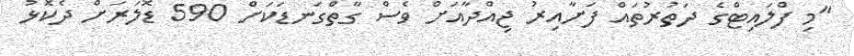
"މި ފްލައިޓްގެ ދަތުރުތައް ފަށާއިރު ޖިއްދާއަށް ވެސް ގާތްގަނޑަކަށް 590 ޑޮލަރަށް ދެކޮޅު